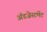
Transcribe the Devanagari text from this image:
ॲडजेस्टमेंट